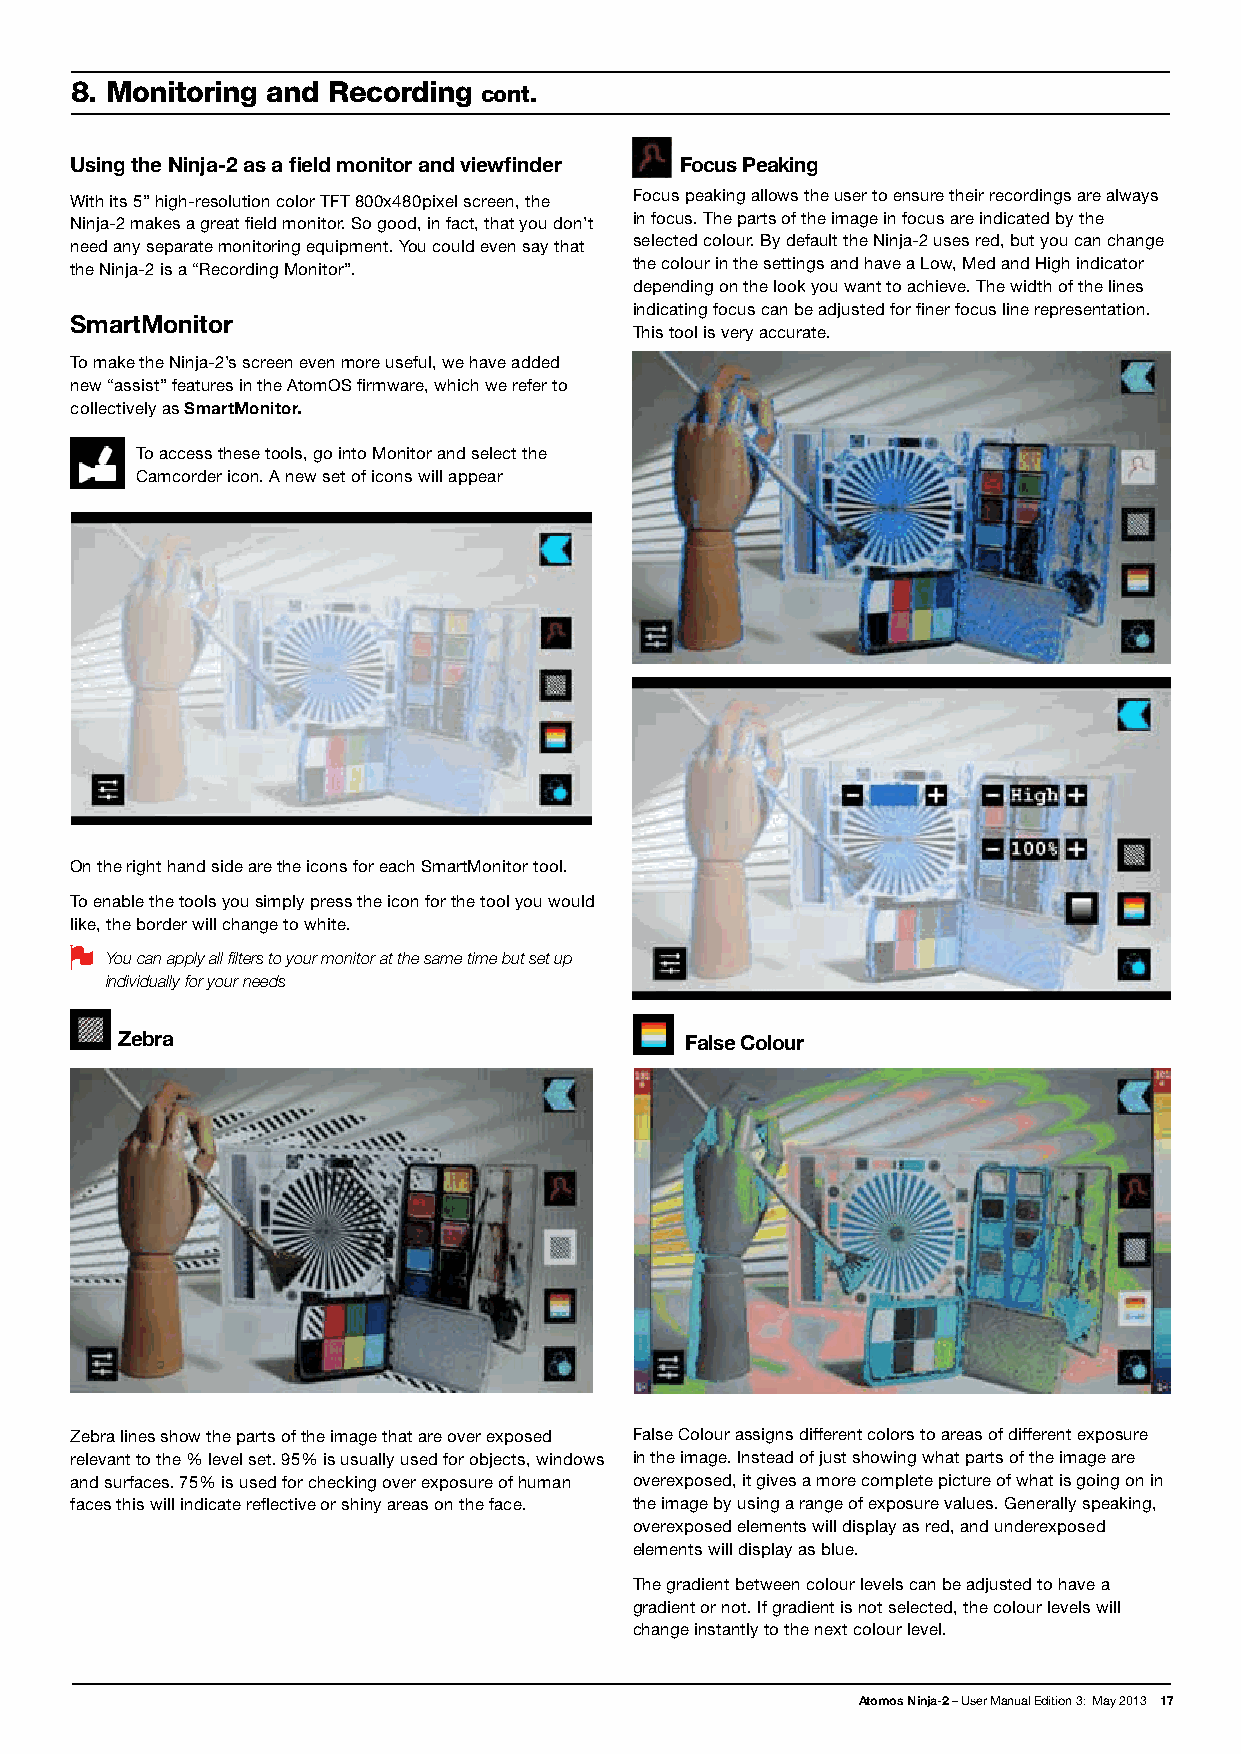
8. Monitoring and Recording cont.
 Using the Ninja-2 as a field monitor and viewfinder Focus Peaking
 With its 5” high-resolution color TFT 800x480pixel screen, the Focus peaking allows the user to ensure their recordings are always
 Ninja-2 makes a great field monitor. So good, in fact, that you don’t in focus. The parts of the image in focus are indicated by the
 need any separate monitoring equipment. You could even say that selected colour. By default the Ninja-2 uses red, but you can change
 the Ninja-2 is a “Recording Monitor”. the colour in the settings and have a Low, Med and High indicator
 depending on the look you want to achieve. The width of the lines
 indicating focus can be adjusted for finer focus line representation.
 SmartMonitor
 This tool is very accurate.
 To make the Ninja-2’s screen even more useful, we have added
 new “assist” features in the AtomOS firmware, which we refer to
 collectively as SmartMonitor.
 To access these tools, go into Monitor and select the
 Camcorder icon. A new set of icons will appear
 On the right hand side are the icons for each SmartMonitor tool.
 To enable the tools you simply press the icon for the tool you would
 like, the border will change to white.
 You can apply all filters to your monitor at the same time but set up
 individually for your needs
 Zebra                                False Colour
 Zebra lines show the parts of the image that are over exposed False Colour assigns different colors to areas of different exposure
 relevant to the % level set. 95% is usually used for objects, windows in the image. Instead of just showing what parts of the image are
 and surfaces. 75% is used for checking over exposure of human overexposed, it gives a more complete picture of what is going on in
 faces this will indicate reflective or shiny areas on the face. the image by using a range of exposure values. Generally speaking,
 overexposed elements will display as red, and underexposed
 elements will display as blue.
 The gradient between colour levels can be adjusted to have a
 gradient or not. If gradient is not selected, the colour levels will
 change instantly to the next colour level.
 Atomos Ninja-2 – User Manual Edition 3: May 2013 17